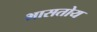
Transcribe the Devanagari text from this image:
भासतोय